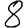
Digit: 8